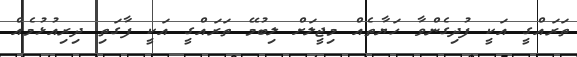
ތަރައްގީ އަކީ ފުދިގެންވާ ހަޔާތެއް މިޖީލަށް ލިބުމޭ ތަރައްގީ އަކީ ފާގަތި ދިރިއުޅުމެއް